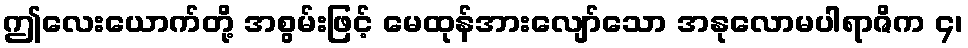
ဤလေးယောက်တို့ အစွမ်းဖြင့် မေထုန်အားလျော်သော အနုလောမပါရာဇိက ၄၊